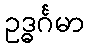
ဥဒ္ဓင်္ဂမာ